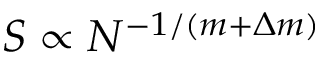
S \propto N ^ { - 1 / ( m + \Delta m ) }